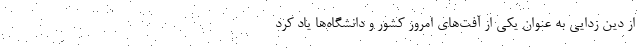
از دین زدایی به عنوان یکی از آفت‌های امروز کشور و دانشگاه‌ها یاد کرد